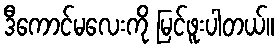
ဒီကောင်မလေးကို မြင်ဖူးပါတယ်။